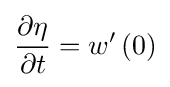
{\frac {\partial \eta }{\partial t}}=w'\left(0\right)